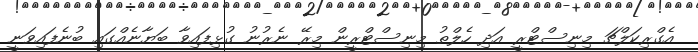
އެގްރިކަލްޗަ މިނިސްޓްރީ އަދި ހެލްތު މިނިސްޓްރީން މިރޭ ނެރުނު ގުޅިފައިވާ ބަޔާނެއްގައި ބުނެފައިވަނީ